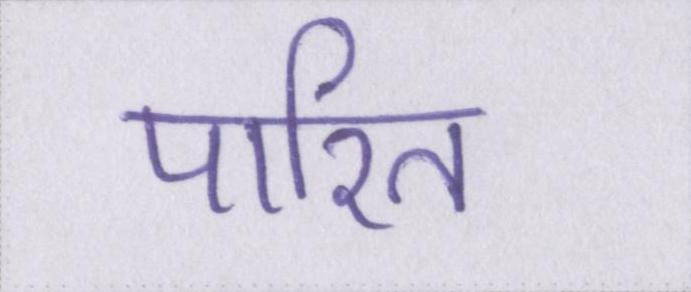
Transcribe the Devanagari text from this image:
पारित